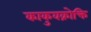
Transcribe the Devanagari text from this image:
काकुवक्रोक्ति